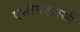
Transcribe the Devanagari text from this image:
एसीसएलसी